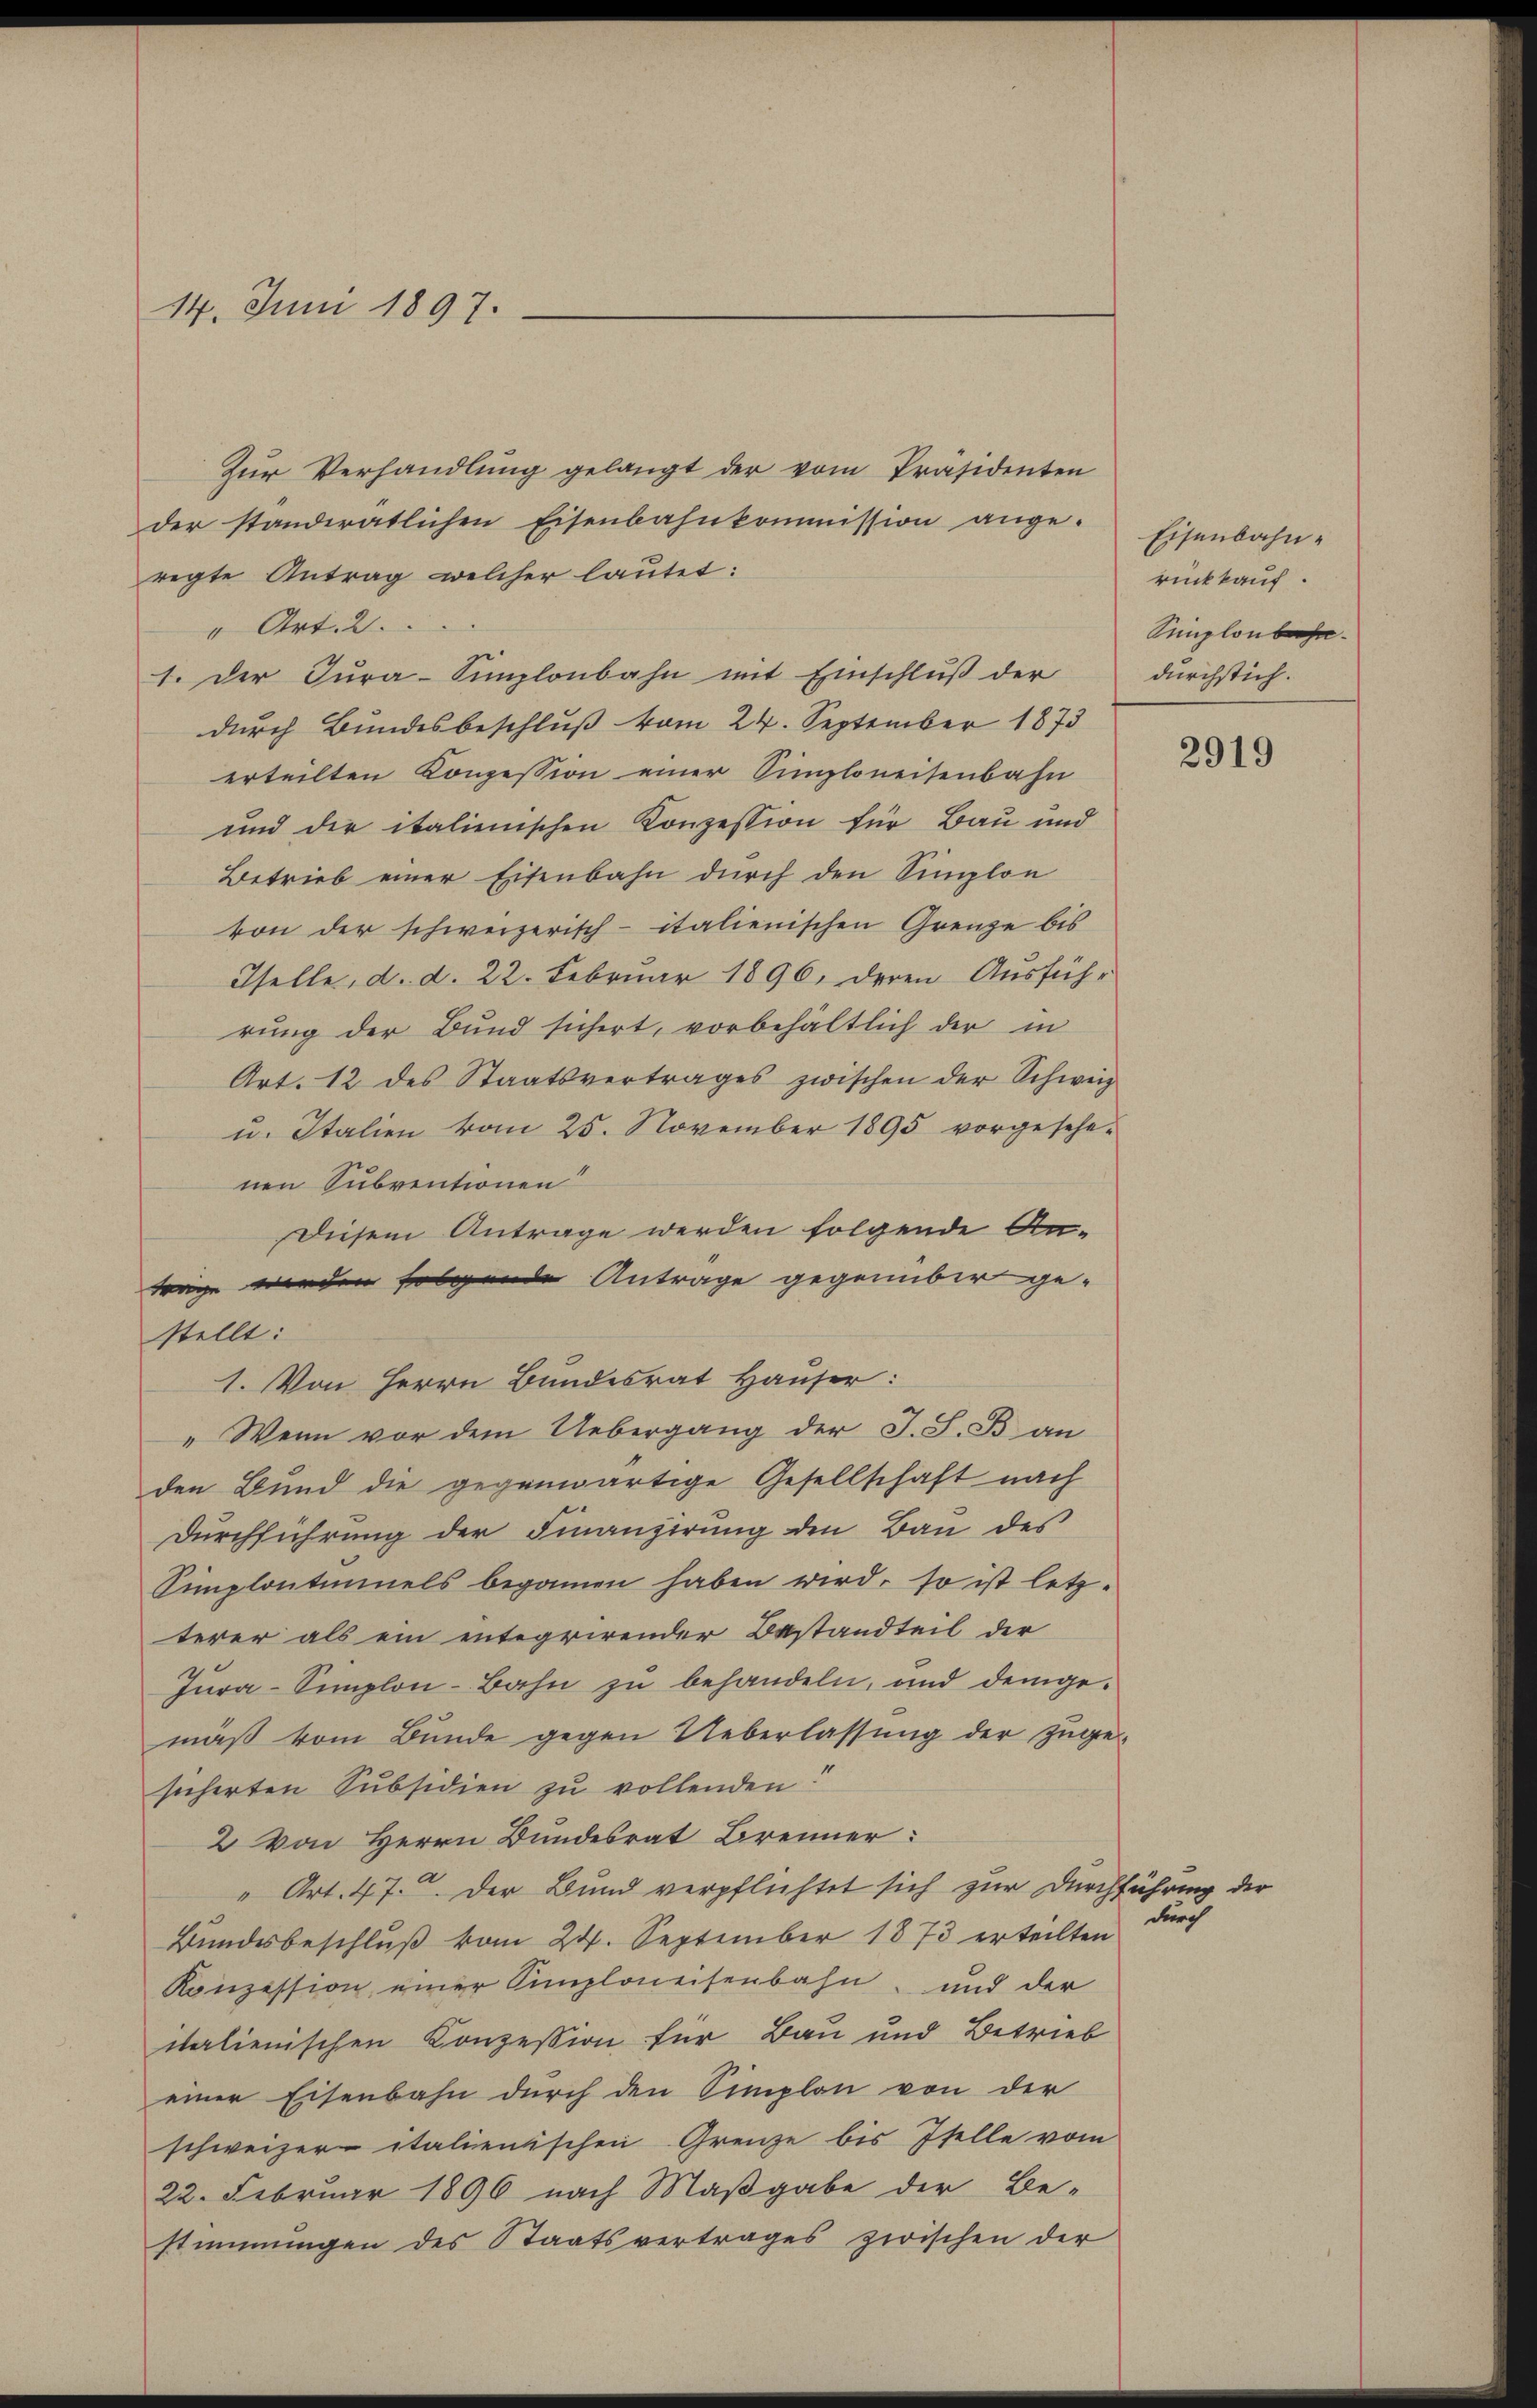
14. Juni 1897.

trage werden folgende Antrage gegenüber ge-
stellt:
1. Von Herrn Bundesrat Hauser:

Zŭr Verhandlŭng gelangt der vom Präsidenten
der standeratlichen Eisenbahnkommission ange-
regte Antrag welcher lautet:
" Art. 2.
1. Der Jura-Simplonbahn mit Einschluß der
durch Bundesbeschluß vom 24. September 1873
erteilten Konzession einer Simploneisenbahn
und der italienischen Konzession für Bau und
Betrieb einer Eisenbahn durch den Sinlon
von der schweizerisch-italienischen Grenze bis
Iselle, d. d. 22. Februar 1896, deren Ausführ
rung der Bund sichert, vorbehältlich der in
Art. 12 des Staatsvertrages zwischen der Schweiz
u. Italien vom 25. November 1895 vorgesehenen Subventionen
Diesem Antrage werden folgende An¬
" Wenn vor dem Uebergang der J. S. Ban
den Bund die gegenwärtige Gesellschaft nach
Dŭrchführung der Finanzierung den Bau des
Simplontinuels begonnen haben wird, so ist letz-
terer als ein integrirender Bestandteil der
Jura-Simplon-Bahn zu behandeln, und demge-
mäß vom Bunde gegen Ueberlassung der zugesicherten Subsidien zu vollenden!
2 von Herrn Bundesrat Brenner:
" Art. 47. Der Bund verpflichtet sich zur Durchführung der
Bundesbeschluß vom 24. September 1873 erteilten
Konzession einer Simploneisenbahn, und der
italienischen Konzession für Bau und Betrieb
einer Eisenbahn durch den Simplon von der
schweizer italienischen Grenze bis Itelle vom
22. Februar 1896 nach Maßgabe der Be-
stimmungen des Staatsvertrages zwischen der

Eisenbahnrückkauf.
Simplonbahn
durchstich.

durch

2919